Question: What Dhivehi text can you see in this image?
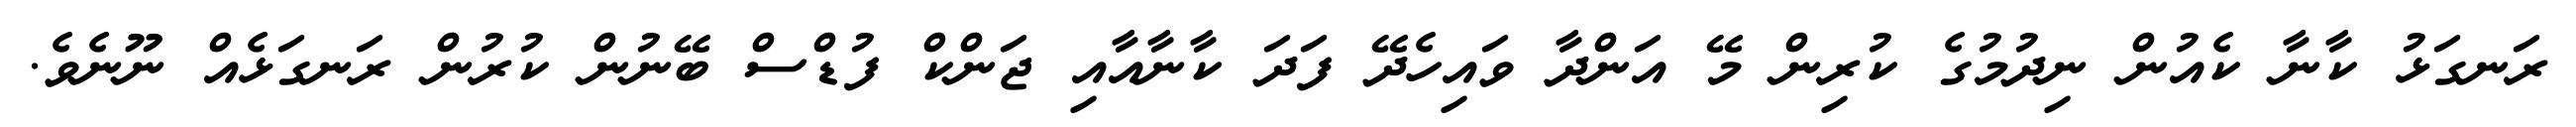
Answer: ރަނގަޅު ކާނާ ކެއުން ނިދުމުގެ ކުރިން މޭ އަންދާ ވައިހެދޭ ފަދަ ކާނާއާއި ޖަންކް ފުޑްސް ބޭނުން ކުރުން ރަނގަޅެއް ނޫނެވެ.